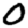
Digit: 0